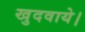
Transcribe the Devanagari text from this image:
खुदवाये।